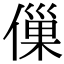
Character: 㑿